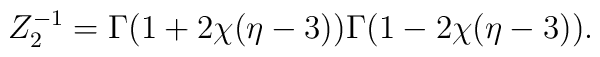
Z_{2}^{-1}=\Gamma(1+2\chi(\eta-3))\Gamma(1-2\chi(\eta-3)).